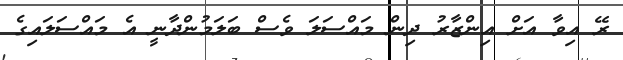
ރޭ އިވާ އަށް އިންޒާރު ދިން މައްސަލަ ވެސް ބަލަމުންދާނީ އެ މައްސަލައިގެ